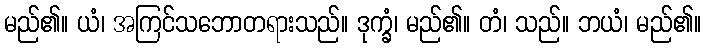
မည်၏။ ယံ၊ အကြင်သဘောတရားသည်။ ဒုက္ခံ၊ မည်၏။ တံ၊ သည်။ ဘယံ၊ မည်၏။